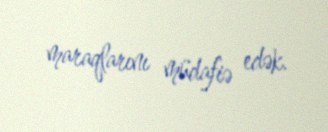
maraqlarını müdafiə edək.